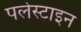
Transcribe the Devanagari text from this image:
पलेस्टाइन